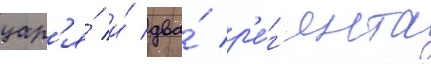
цар'я́ и́ два́ р'е́г'ента